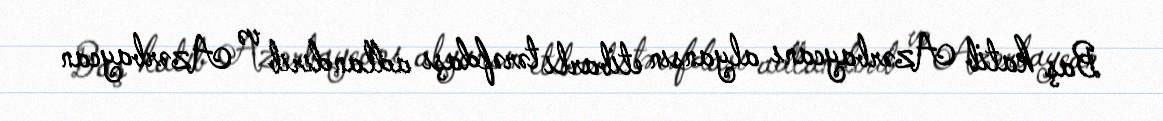
Baş katib Azərbaycanı alyansın etibarlı tərəfdaşı adlandırıb və Azərbaycan